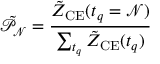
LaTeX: \mathcal { \tilde { P } _ { N } } = \frac { \tilde { Z } _ { \mathrm { C E } } ( t _ { q } = \mathcal { N } ) } { \sum _ { t _ { q } } \tilde { Z } _ { \mathrm { C E } } ( t _ { q } ) }